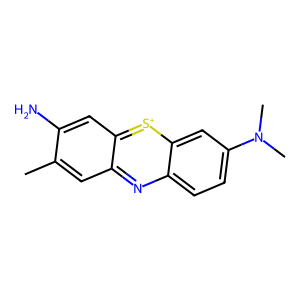
SMILES: Cc1cc2nc3ccc(N(C)C)cc3[s+]c2cc1N
Inhibits HIV replication: No